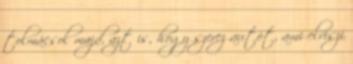
tolmácsol majd, azt is, hogy szerez autót, ami elviszi